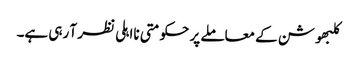
کلبھوشن کے معاملے پر حکومتی نااہلی نظر آ رہی ہے۔